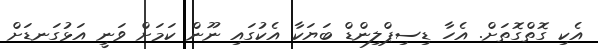
އެކި ގޮތްގޮތަށް. އެހާ ޑިސިޕްލިންޑް ބަޔަކާ އެކުގައި ނޫން ކަމަށް ވަނީ އަޅުގަނޑަށް